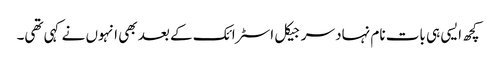
کچھ ایسی ہی بات نام نہاد سرجیکل اسٹرائک کے بعد بھی انہوں نے کہی تھی۔